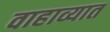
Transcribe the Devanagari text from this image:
वाहाव्यात